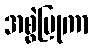
အစွဲပြုကာ